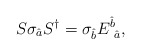
\begin{align*}S\sigma_{\hat{a}}S^{\dagger}=\sigma_{\hat{b}}E^{\hat{b}}_{\mbox{ }\hat{a}},\end{align*}